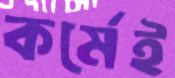
কর্মেই